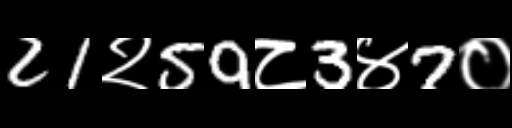
Text: 21२59८3४7०